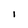
Character: 1